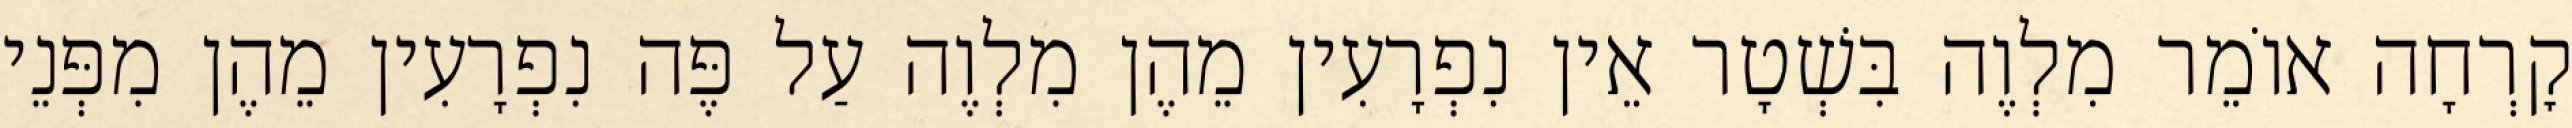
קׇרְחָה אוֹמֵר מִלְוֶה בִּשְׁטָר אֵין נִפְרָעִין מֵהֶן מִלְוֶה עַל פֶּה נִפְרָעִין מֵהֶן מִפְּנֵי